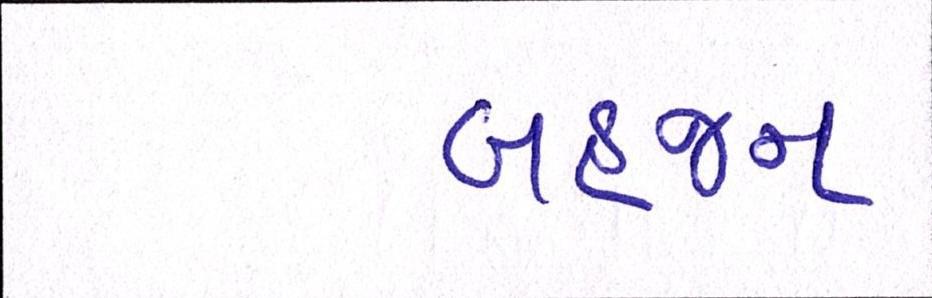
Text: બહજન